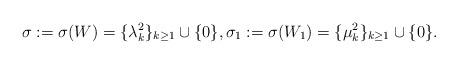
LaTeX: \begin{align*}\sigma:= \sigma(W) = \{\lambda_k^2 \}_{k\ge1} \cup\{0\}, \sigma_1:= \sigma(W_1) = \{\mu_k^2 \}_{k\ge1} \cup\{0\}. \end{align*}